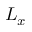
L _ { x }